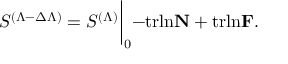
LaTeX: S ^ { ( \Lambda - \Delta \Lambda ) } = S ^ { ( \Lambda ) } \biggl \vert _ { 0 } - \mathrm { t r l n } { \bf N } + \mathrm { t r l n } { \bf \cal F } .